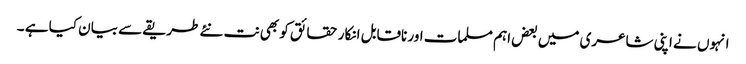
انہوں نے اپنی شاعری میں بعض اہم مسلمات اور ناقابل انکار حقائق کو بھی نت نئے طریقے سے بیان کیا ہے ۔